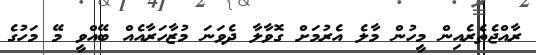
ރާއްޖެތެރެއިން މީހުން މާލެ އެރުމަށް ގޮވާލާ ދެވަނަ މުޒާހަރާއެއް ބޭއްވީ މޭ މަހުގެ